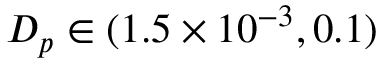
{ D _ { p } } \in ( 1 . 5 \times { 1 0 ^ { - 3 } } , 0 . 1 )